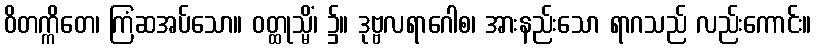
ဝိတက္ကိတေ၊ ကြံဆအပ်သော။ ဝတ္ထုသ္မိံ၊ ၌။ ဒုဗ္ဗလရာဂေါစ၊ အားနည်းသော ရာဂသည် လည်းကောင်း။